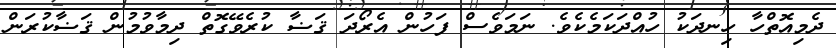
ދެމިއޮތްހާ ހިނދަކު ހުއްދަކަމެކެވެ. ނަމަވެސް ފަހުން އެރޯދަ ޤަޟާ ކުރެވޭގޮތް ދިމާވުމުން ޤަޟާކުރަން